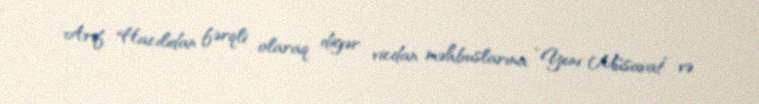
Arif Hacılıdan fərqli olaraq digər vicdan məhbuslarına “Yeni Müsavat” və